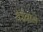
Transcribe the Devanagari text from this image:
येईनासे